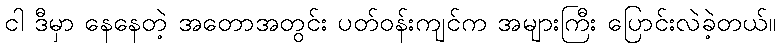
ငါ ဒီမှာ နေနေတဲ့ အတောအတွင်း ပတ်ဝန်းကျင်က အများကြီး ပြောင်းလဲခဲ့တယ်။